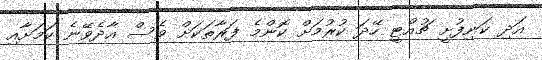
އަދި ކަނިފުށީ ޗުއްޓީ ހޭދަ ކުރުމަށް ކޮންމެ ފަރާތަކަށް ވެސް އާދެވޭނެ ކަމަށާއި